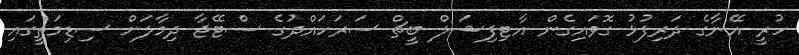
ހުރީ އޭނާގެ ދަރިފުޅު ގޮވައިގެން އާޓިފިޝަލް ބީޗް ސަރަހައްދުގެ ސްޓޭޖާ ދިމާލަށް ސިޑިމަތީގައި